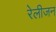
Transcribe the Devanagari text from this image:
रेलीजन